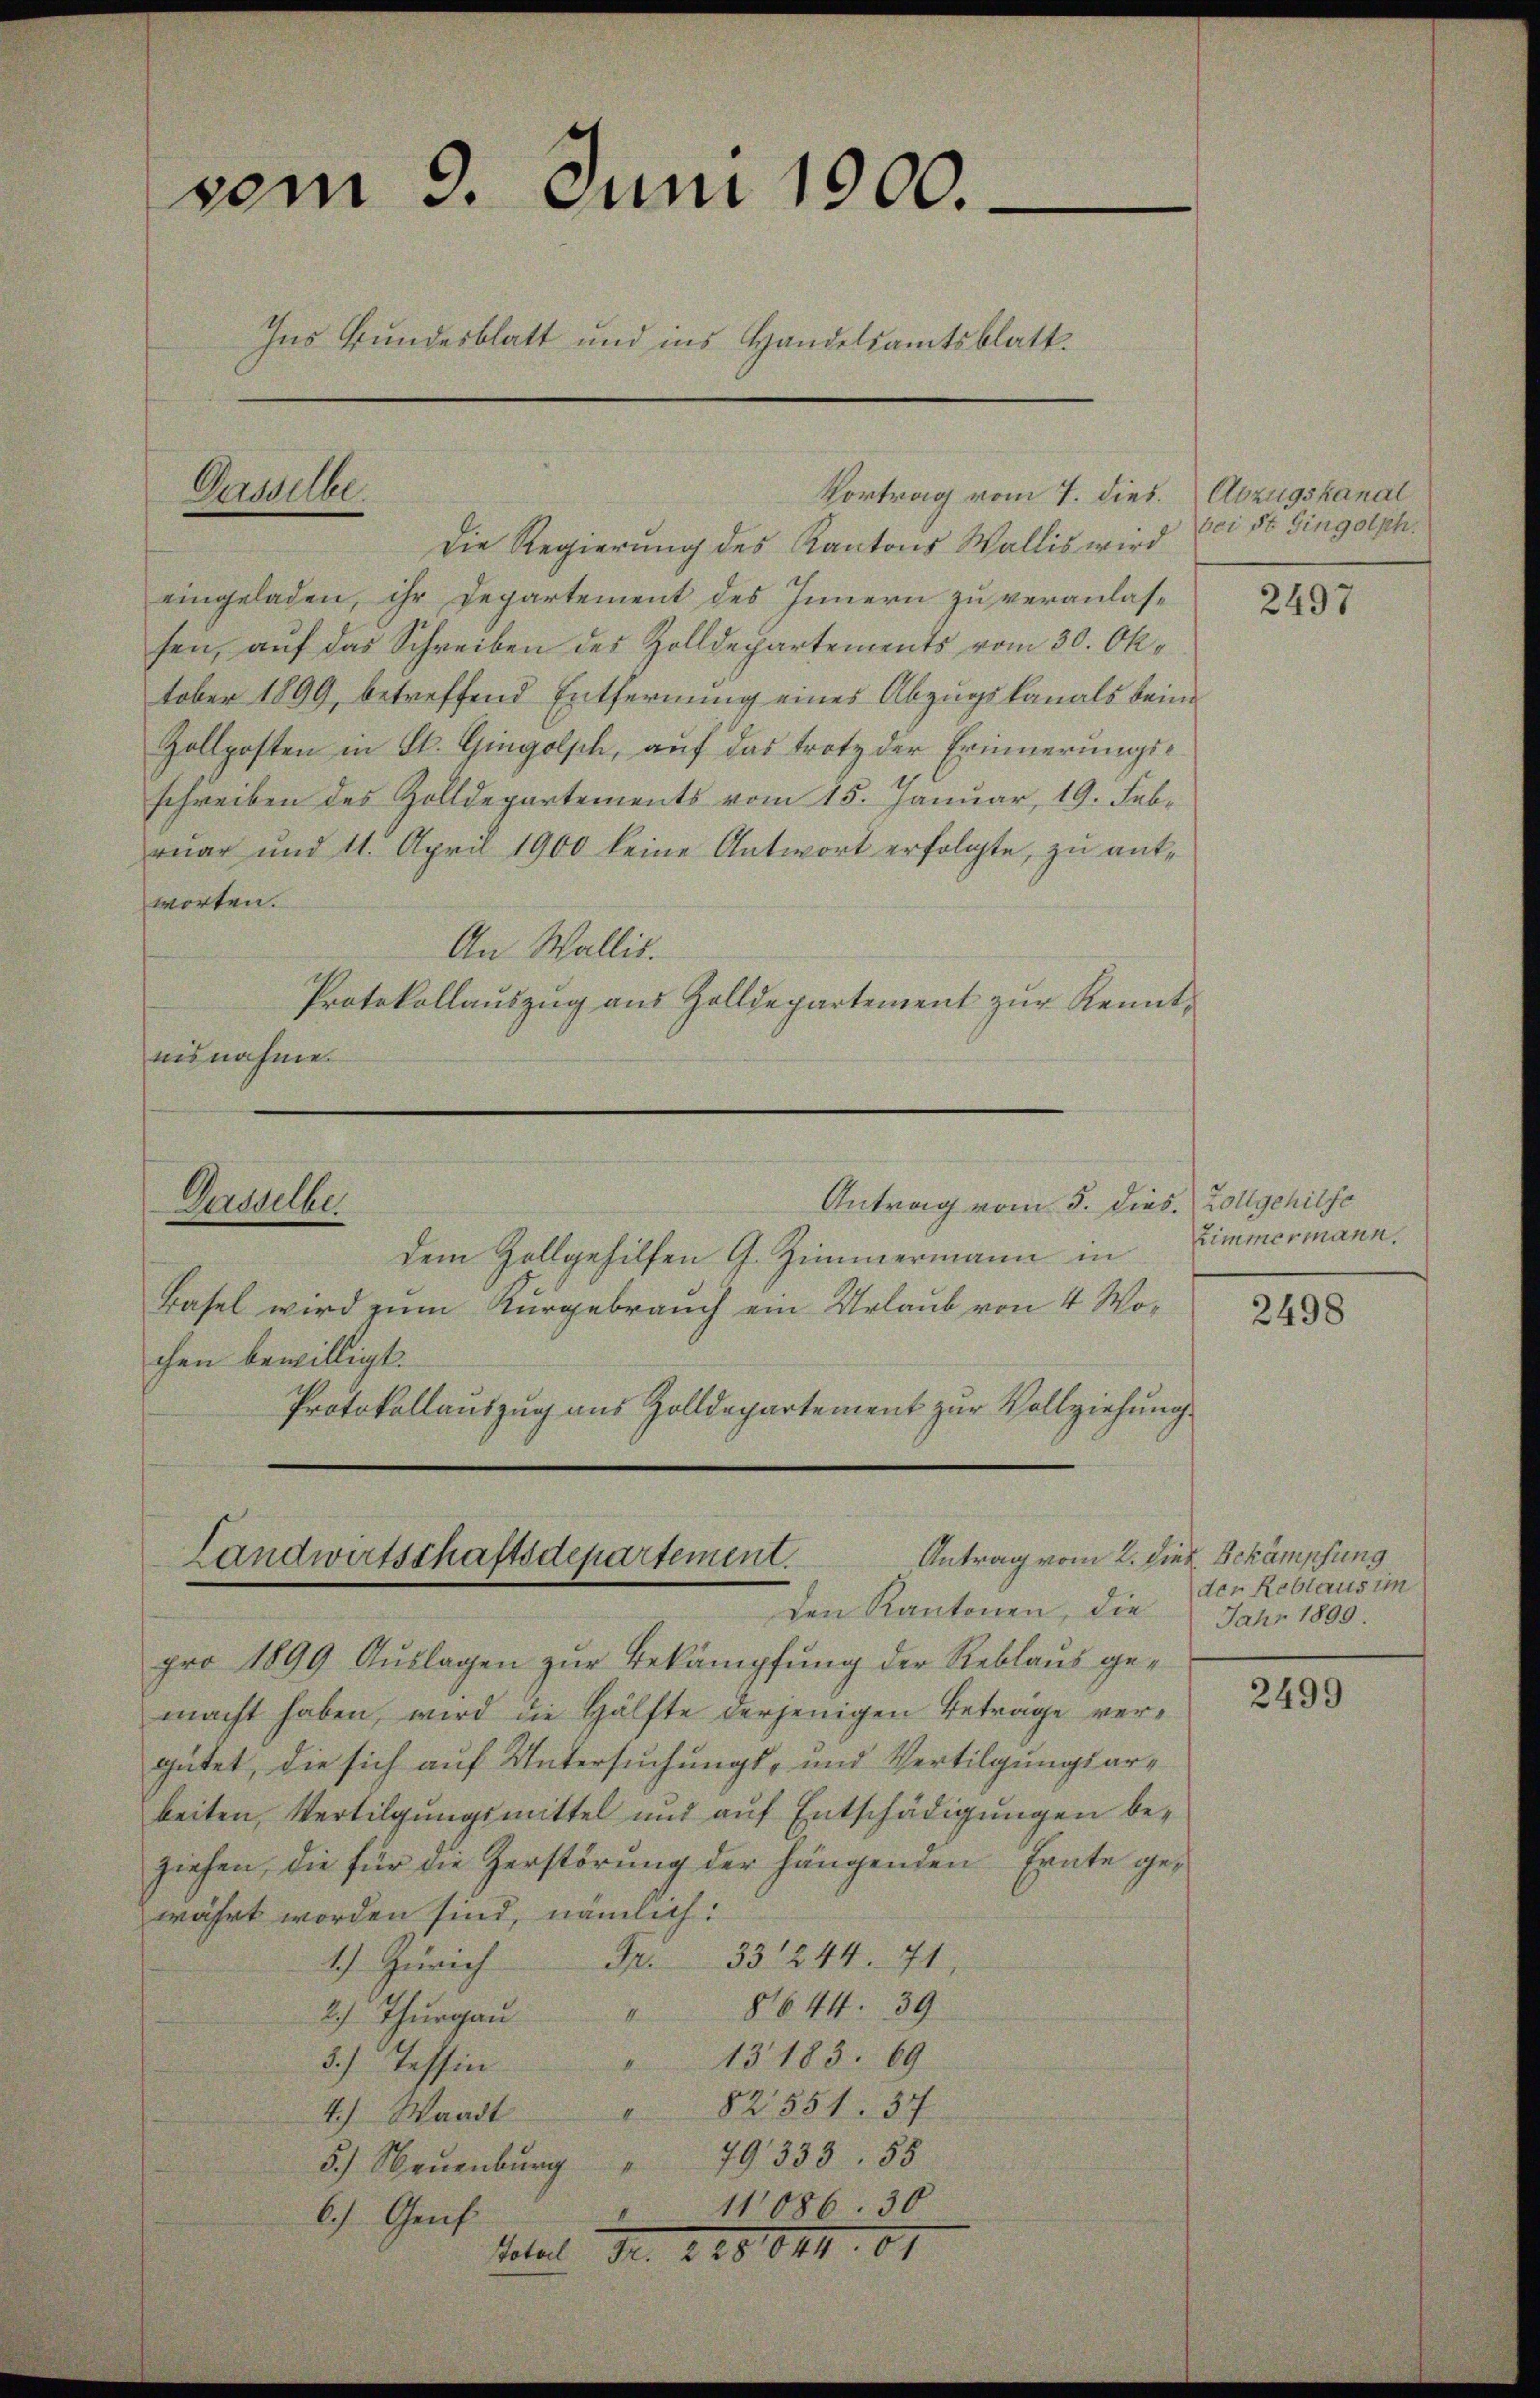
vom 9. Juni 1900.
Ins Grundesblatt und ins Handelsamtsblatt.

Die Regierung des Kantons Wallis wird
eingeladen, ihr Departement des Innern zu veranlassen, auf das Schreiben des Zolldepartements vom 30. Oktober 1899, betreffend Entfernung eines Abzugskanals beim
Zollposten in St. Gingolsch, auf das trotz der Erinnerungsschreiben des Zolldepartements vom 15. Januar, 19. Febr
rŭar und 11. April 1900 keine Antwort erfolgte, zu antworten.
An Wallis.
Protokollaŭszŭg aŭs Zolldepartement zŭr Kennteisnahme.

Gasselbe.

Dasselber

Total Nr. 288. III 81

Vortrag vom 7. dies. Abzugskanal

Antrag vom 5. Dies. Zollgehilfe

Antrag vom 2. 1
Landwirtschaftsdepartement.
den Kantonen, die

dem Zollgehilfen G. Zimmermann in
Basel wird zum Kurgebrauch ein Urlaub von 4 Wochen bewilligt.
Protokollauszug aus Zolldepartement zur Vollziehung

pro 1899 Auslagen zur Bekämpfung der Reblaus gemacht haben, wird die Hälfte derjenigen Betrage vergütet, die sich auf Untersuchungs- und Vertilgungsarbeiten, Vertilgungsmittel und auf Entschädigungen beziehen, die für die Zerstörŭng der hängenden Ernte gewährt worden sind, nämlich:
33244. 71.
2) Thŭrgaŭ " 8644. 39
13183. 69
3.) Tessin
82551. 37
4.) Waadt
79333. 55
5.) Neuenburg
11086. 30
6.) Genf

bei St. Gingolph.

2497

Zimmermann.

2498

ier Bekämpfung
der Reblaus im
Jahr 1899.

2499